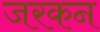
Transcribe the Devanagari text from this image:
जरकन